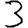
Digit: 3